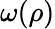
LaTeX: \omega(\rho)